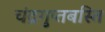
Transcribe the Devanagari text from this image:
चंद्रगुप्तबस्ति